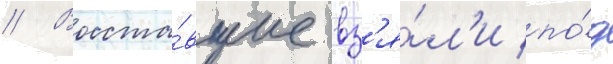
// Восста́вшие вз'я́л'и по́д